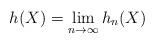
LaTeX: \begin{align*} h(X) = \lim_{n\to \infty} h_n(X)\end{align*}